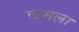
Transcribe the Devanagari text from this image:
चमला